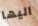
اليها